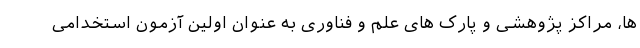
ها، مراکز پژوهشی و پارک های علم و فناوری به عنوان اولین آزمون استخدامی